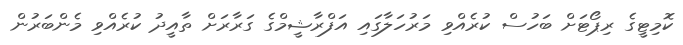
ކޮމިޓީގެ ރިޕޯޓަށް ބަހުސް ކުރެއްވި މަރުހަލާގައި އަފްރާޝީމްގެ ގަރާރަށް ތާއީދު ކުރެއްވި މެންބަރުން